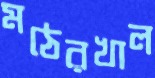
মঠেরখাল